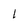
Character: l